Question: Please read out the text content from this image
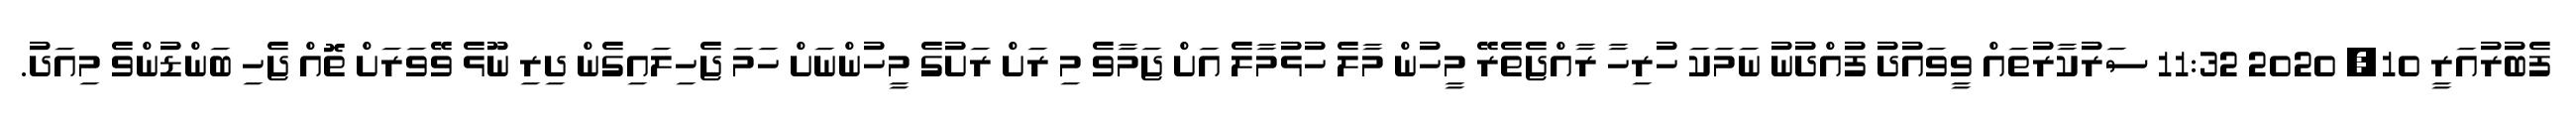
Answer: ފެބުރުއަރީ 10, 2020 11:32 ސަރުކާރުތައް ވީވައުދު ފުއްދުނު ނަމަކަ ހުރިހާ ރާއްޖެތެރޭ މީހުން މާލެ ހުޅުމާލެ އަށް ޖަމާވެ މި ރަށް ރަށުގެ މީހުންނަށް ހަމަ ޖެހިލައިގެން ދިރި ނޫޅެ ވޭވަރަށް ތޮއް ޖެހި ބަންޑުންވެ މިއަދު.